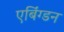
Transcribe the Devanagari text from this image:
एबिंग्डन